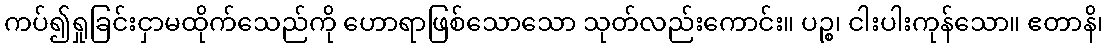
ကပ်၍ရှုခြင်းငှာမထိုက်သေည်ကို ဟောရာဖြစ်သောသော သုတ်လည်းကောင်း။ ပဉ္စ၊ ငါးပါးကုန်သော။ ဧတာနိ၊